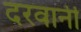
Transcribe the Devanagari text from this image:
दरवानी